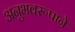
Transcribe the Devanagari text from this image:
अनुभवरूपाने